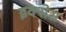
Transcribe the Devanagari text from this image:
इक्सेस